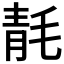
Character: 𰚞